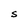
Character: S